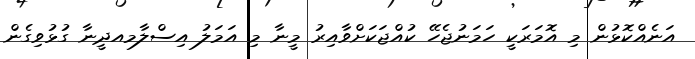
އަނެއްކޮޅުން މި އޮމަރަކީ ހަމަނުޖެހޭ ކުއްޖަކަށްވާއިރު މީނާ މި އަމަލު އިސްލާމއދީނާ ގުޅުވިގެން